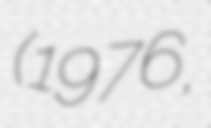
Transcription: (1976,